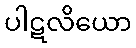
ပါဋလိယော